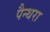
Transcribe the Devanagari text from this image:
पैन्थरा